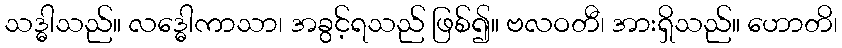
သဒ္ဓါသည်။ လဒ္ဓေါကာသာ၊ အခွင့်ရသည် ဖြစ်၍။ ဗလဝတီ၊ အားရှိသည်။ ဟောတိ၊